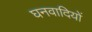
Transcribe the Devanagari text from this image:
घनवादियों